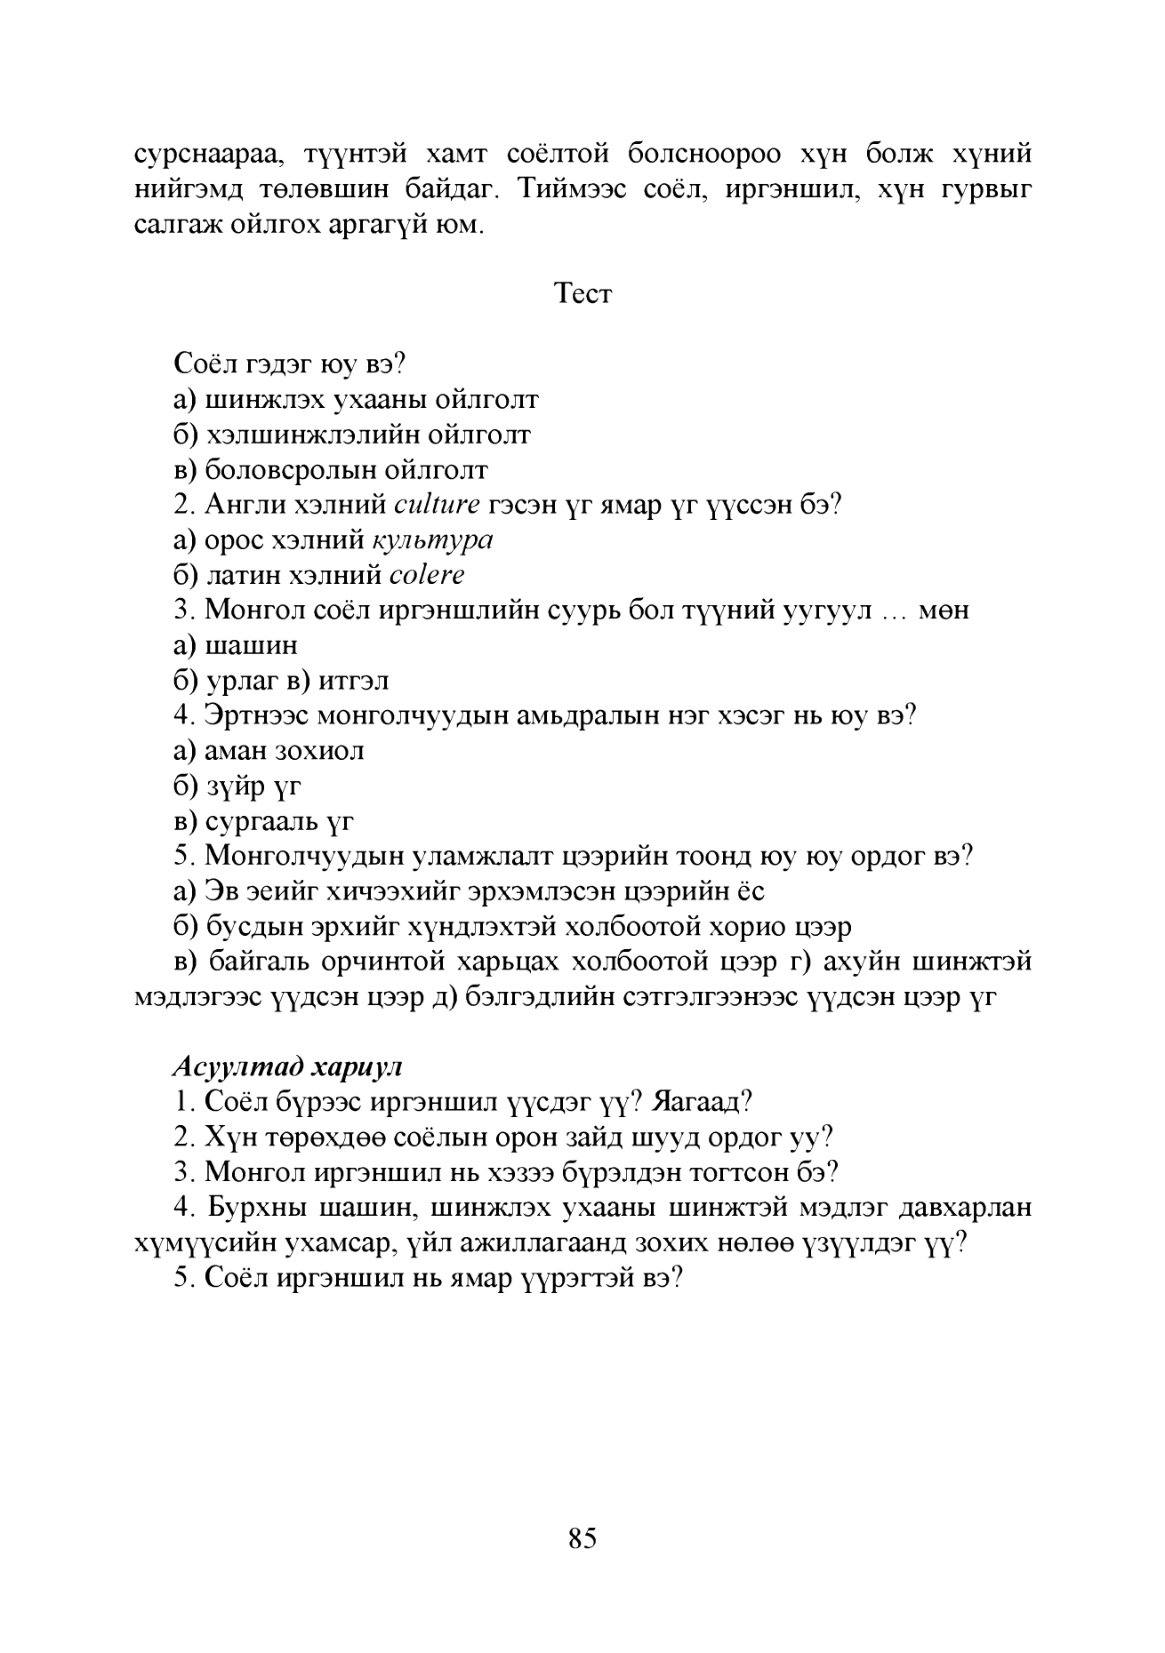
Language: mn